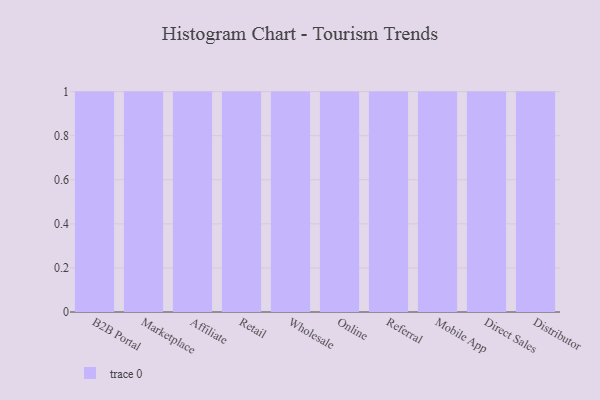
{"axis": {"x": "Channel", "y": "Budget (USD K)"}, "legend": [""], "data": [{"x": "B2B Portal", "y": 17, "type": ""}, {"x": "Marketplace", "y": 2, "type": ""}, {"x": "Affiliate", "y": 61, "type": ""}, {"x": "Retail", "y": 69, "type": ""}, {"x": "Wholesale", "y": 56, "type": ""}, {"x": "Online", "y": 46, "type": ""}, {"x": "Referral", "y": 65, "type": ""}, {"x": "Mobile App", "y": 2, "type": ""}, {"x": "Direct Sales", "y": 33, "type": ""}, {"x": "Distributor", "y": 43, "type": ""}]}